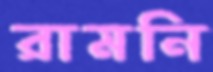
রামনি